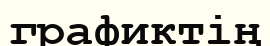
графиктің